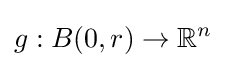
g:B(0,r)\to \mathbb {R} ^{n}